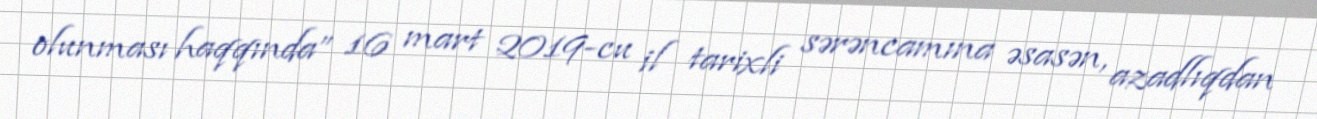
olunması haqqında” 16 mart 2019-cu il tarixli sərəncamına əsasən, azadlıqdan